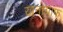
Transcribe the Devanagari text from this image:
ख्रनोग्राफ